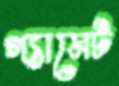
গ্যামেট